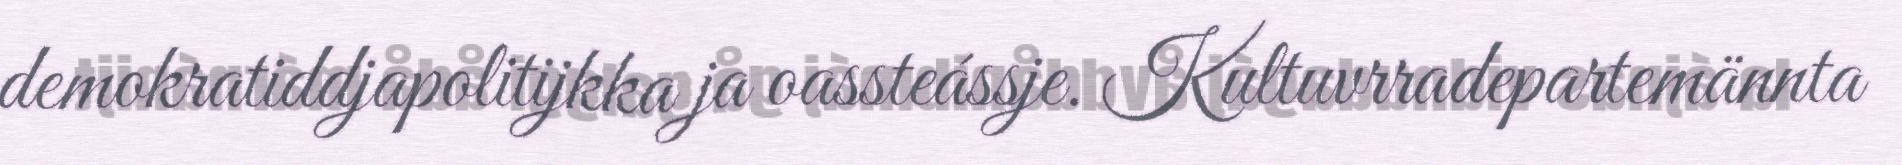
demokratiddjapolitijkka ja oassteássje. Kultuvrradepartemännta